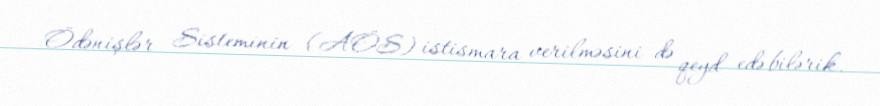
Ödənişlər Sisteminin (AÖS) istismara verilməsini də qeyd edə bilərik.